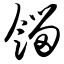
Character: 馏